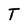
Character: T